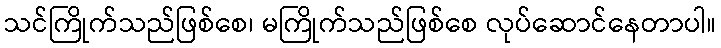
သင်ကြိုက်သည်ဖြစ်စေ၊ မကြိုက်သည်ဖြစ်စေ လုပ်ဆောင်နေတာပါ။